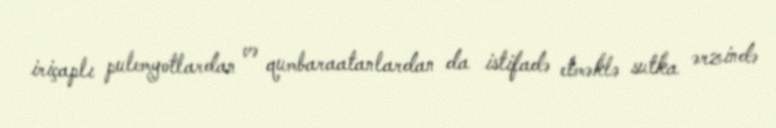
iriçaplı pulemyotlardan və qumbaraatanlardan da istifadə etməklə sutka ərzində